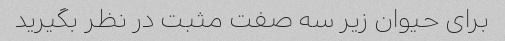
برای حیوان زیر سه صفت مثبت در نظر بگیرید